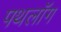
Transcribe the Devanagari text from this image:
पथलॉग